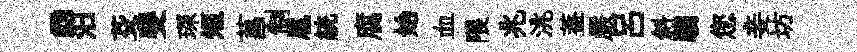
。汨芟斐琛短菖制扈統腐始血隈兆洮葢嚴吕斜騶您妾坊